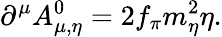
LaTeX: \partial^{\mu}A_{\mu,\eta}^{0}=2f_{\pi}m_{\eta}^{2}\eta.